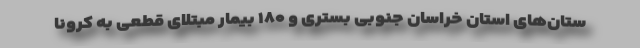
ستان‌های استان خراسان جنوبی بستری و ۱۸۰ بیمار مبتلای قطعی به کرونا